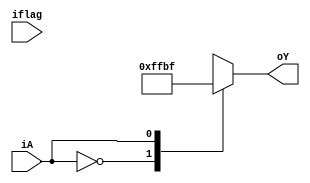
module seg_sign(iflag,iA,oY);
input iflag;
input iA;
output reg[7:0] oY;

always@(iA)
begin
	case(iA)
	    1'b0:oY=8'hff;
		1'b1:oY=8'hbf;
	endcase
end
endmodule